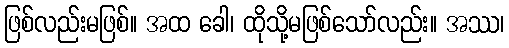
ဖြစ်လည်းမဖြစ်။ အထ ခေါ၊ ထိုသို့မဖြစ်သော်လည်း။ အဿ၊